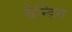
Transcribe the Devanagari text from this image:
बैन्डिंग